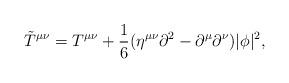
LaTeX: \begin{align*}{\tilde{T}}^{\mu\nu}=T^{\mu\nu}+{1\over 6} (\eta^{\mu\nu}\partial^2-\partial^\mu\partial^{\nu})|\phi|^2,\end{align*}